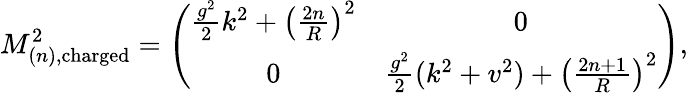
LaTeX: M_{(n),\mathrm{charged}}^{2}=\left(\begin{array}{cc}{{\frac{g^{2}}2k^{2}+\left(\frac{2n}R\right)^{2}}}&{{0}}\\ {{0}}&{{\frac{g^{2}}2(k^{2}+v^{2})+\left(\frac{2n+1}R\right)^{2}}}\end{array}\right),